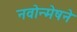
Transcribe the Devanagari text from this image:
नवोन्मेषने